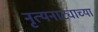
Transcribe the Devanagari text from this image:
नृत्यनाट्याच्या